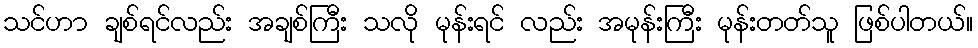
သင်ဟာ ချစ်ရင်လည်း အချစ်ကြီး သလို မုန်းရင် လည်း အမုန်းကြီး မုန်းတတ်သူ ဖြစ်ပါတယ်။